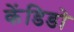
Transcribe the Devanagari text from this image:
केंडिडो